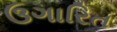
ઉગારિત